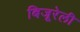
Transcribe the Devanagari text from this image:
बिजूरेली